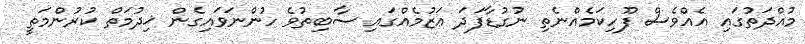
މުއްދަތުގައި އެއްވެސް ފޫހިކަމެއްނެތި ނުގުޑާފަދަ ޢަޒުމެއްގައި ސާބިތުވެ ހުންނަވައިގެން ޚިދުމަތް ކުރުންމަތީ